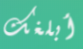
أبلغك